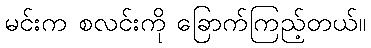
မင်းက စလင်းကို ခြောက်ကြည့်တယ်။